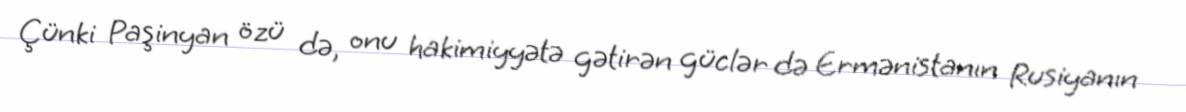
Çünki Paşinyan özü də, onu hakimiyyətə gətirən güclər də Ermənistanın Rusiyanın